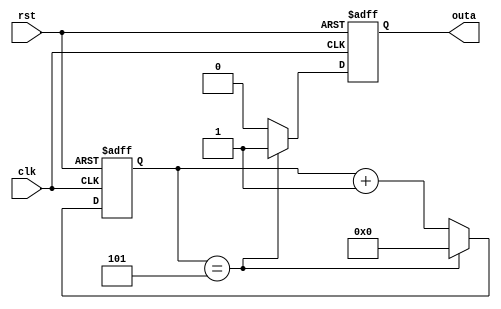
module counter_6(
    input wire clk,
    input wire rst,
    output reg outa
);
    reg [3:0] sum;
    always @ (posedge clk or posedge rst)begin
        if (rst == 1'b1) begin
            sum <= 4'b0;
            outa <= 1'b0;
        end
        else if (sum == 4'd5) begin
            sum <= 4'b0;
            outa <= 1'b1;
        end
        else begin
            sum <= sum + 1'b1;
            outa <= 1'b0;
        end
    end
endmodule